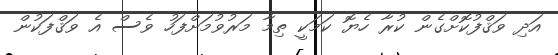
އަދި ވަޤްފުކޮށްގެން ކުރާ ހެޔޮ ކަމަކީ ތިމާ މަރުވުމަށްފަހު ވެސް އެ ވަޤްފަކުން